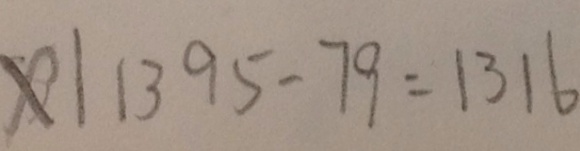
x \vert 1 3 9 5 - 7 9 = 1 3 1 6